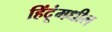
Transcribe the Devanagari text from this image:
हिंदूंमधील